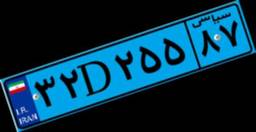
۳۷D۹۷۶۱۲